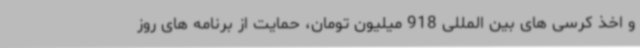
و اخذ کرسی های بین المللی 918 میلیون تومان، حمایت از برنامه های روز